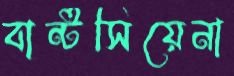
বার্ন্টসিয়েনা